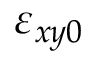
\varepsilon _ { x y 0 }